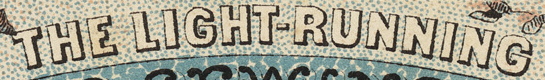
THE LIGHT-RUNNING